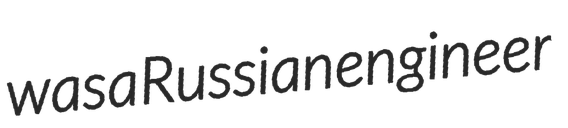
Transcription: was a Russian engineer